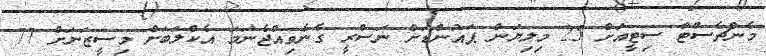
މެންޗެސްޓާ ސިޓީއަށް 25 މިލިޔަން ޕައުންޑަށް ނަސްރީ ގެނެވިއްޖެނަމަ އެކްލަބަށް މިސީޒަނަށް 77